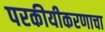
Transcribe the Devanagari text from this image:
परकीयीकरणाचा